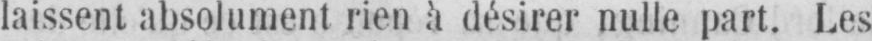
laissent absolument rien à désirer nulle part. Les